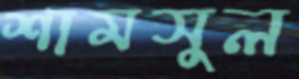
শামসুল